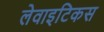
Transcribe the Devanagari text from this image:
लेवाइटिकस